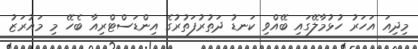
މިދިއަ އަހަރު ހުޅުމާލޭގައި ބޭއްވި ކަނޑު ދަތުރުފަތުރުގެ އިންޑަސްޓްރިއާ ބެހޭ މި މައުރަޒު